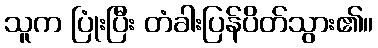
သူက ပြုံးပြီး တံခါးပြန်ပိတ်သွား၏။